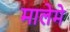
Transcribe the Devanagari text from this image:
मालेमे